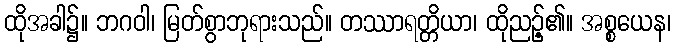
ထိုအခါ၌။ ဘဂဝါ၊ မြတ်စွာဘုရားသည်။ တဿာရတ္တိယာ၊ ထိုညဉ့်၏။ အစ္စယေန၊